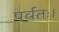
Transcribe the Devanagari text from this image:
पर्वतः।